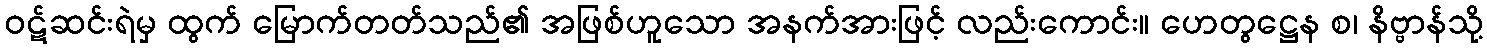
ဝဋ်ဆင်းရဲမှ ထွက် မြောက်တတ်သည်၏ အဖြစ်ဟူသော အနက်အားဖြင့် လည်းကောင်း။ ဟေတွဋ္ဌေန စ၊ နိဗ္ဗာန်သို့